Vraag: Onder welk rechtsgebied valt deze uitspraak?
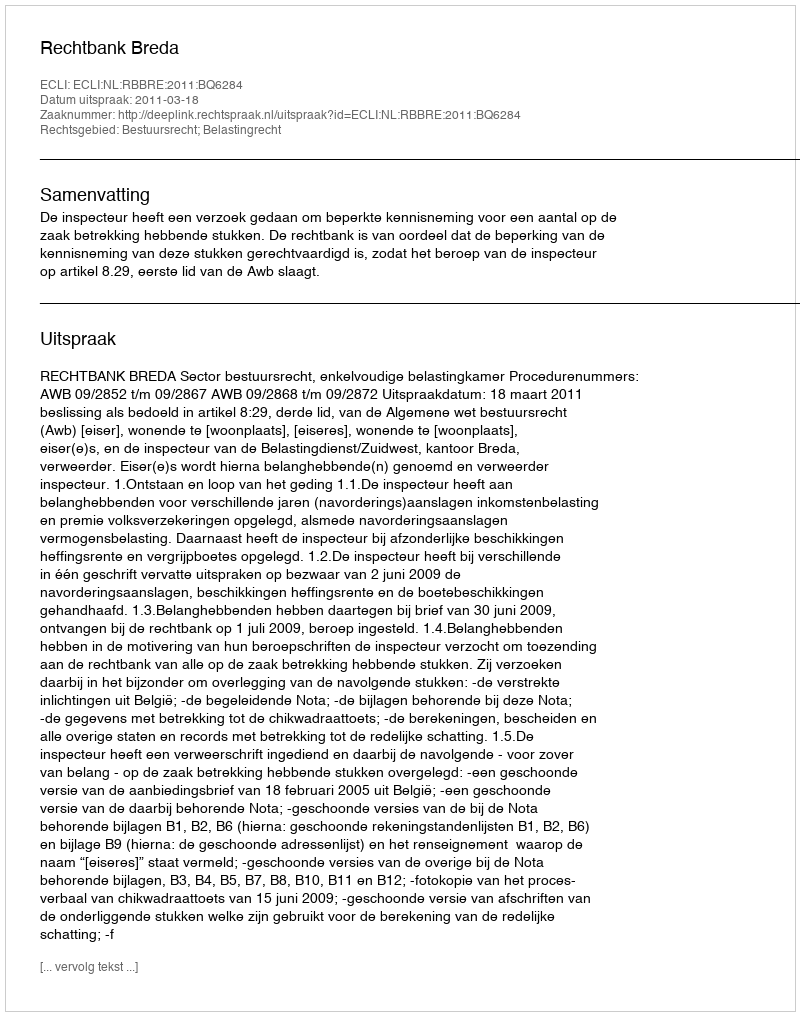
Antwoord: Bestuursrecht; Belastingrecht